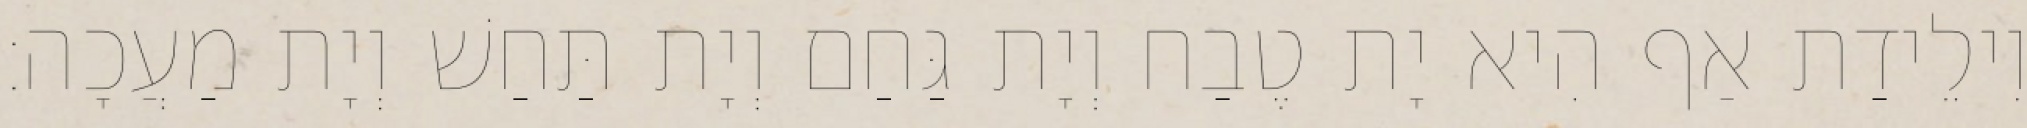
וִילֵידַת אַף הִיא יָת טֶבַח וְיָת גַּחַם וְיָת תַּחַשׁ וְיָת מַעֲכָה׃